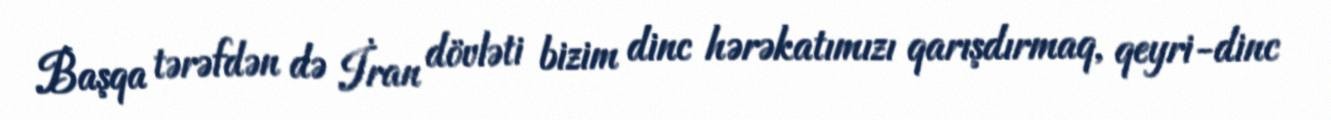
Başqa tərəfdən də İran dövləti bizim dinc hərəkatımızı qarışdırmaq, qeyri-dinc